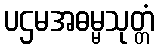
ပဌမအဓမ္မသုတ္တံ